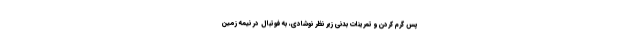
پس گرم کردن و تمرینات بدنی زیر نظر نوشادی، به فوتبال در نیمه زمین